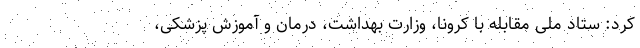
کرد: ستاد ملی مقابله با کرونا، وزارت بهداشت، درمان و آموزش پزشکی،